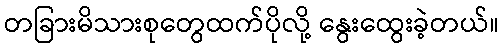
တခြားမိသားစုတွေထက်ပိုလို့ နွေးထွေးခဲ့တယ်။